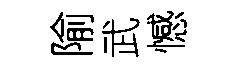
隃武憾